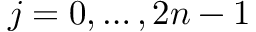
j = 0 , \ldots , 2 n - 1